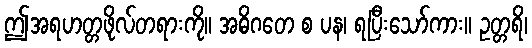
ဤအရဟတ္တဖိုလ်တရားကို။ အဓိဂတေ စ ပန၊ ရပြီးသော်ကား။ ဥတ္တရိ၊